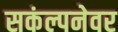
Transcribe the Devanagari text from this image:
सकंल्पनेवर